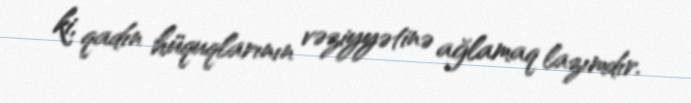
ki, qadın hüquqlarının vəziyyətinə ağlamaq lazımdır.